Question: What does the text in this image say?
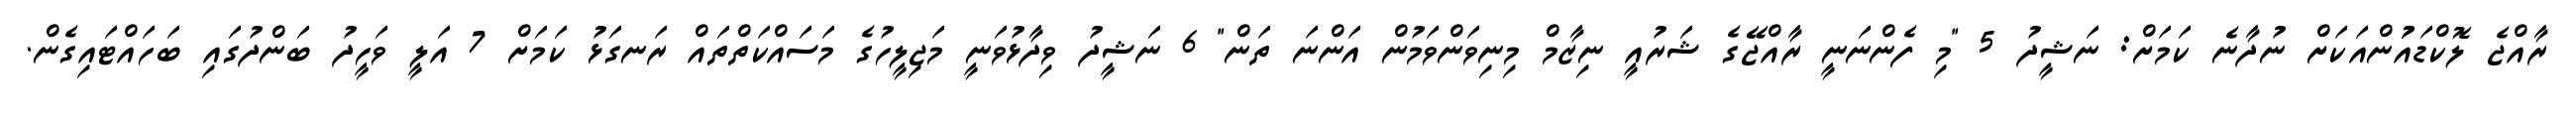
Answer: ރާއްޖެ ލޮކްޑައުުންއަކަށް ނުދާނެ ކަމަށް: ނަޝީދު 5 "މި ފެންނަނީ ރާއްޖޭގެ ޝަރުއީ ނިޒާމް މިނިވަންވަމުން އަންނަ ތަން" 6 ނަޝީދު ވިދާޅުވަނީ މަޖިލީހުގެ މަސައްކަތްތައް ރަނގަޅު ކަމަށް 7 އަލީ ވަހީދު ބަންދުގައި ބަހައްޓައިގެން.